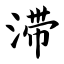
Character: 滞